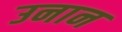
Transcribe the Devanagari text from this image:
उनान